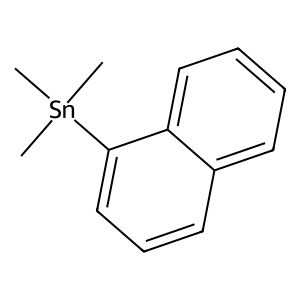
SMILES: C[Sn](C)(C)c1cccc2ccccc12
Inhibits HIV replication: No